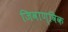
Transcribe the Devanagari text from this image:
जिवाण्विक